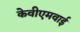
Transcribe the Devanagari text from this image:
केवीएमवाई